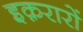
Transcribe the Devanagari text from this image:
इक़रारों